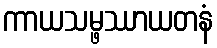
ကာယသမ္ဖဿာယတနံ